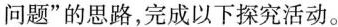
问题”的思路，完成以下探究活动。